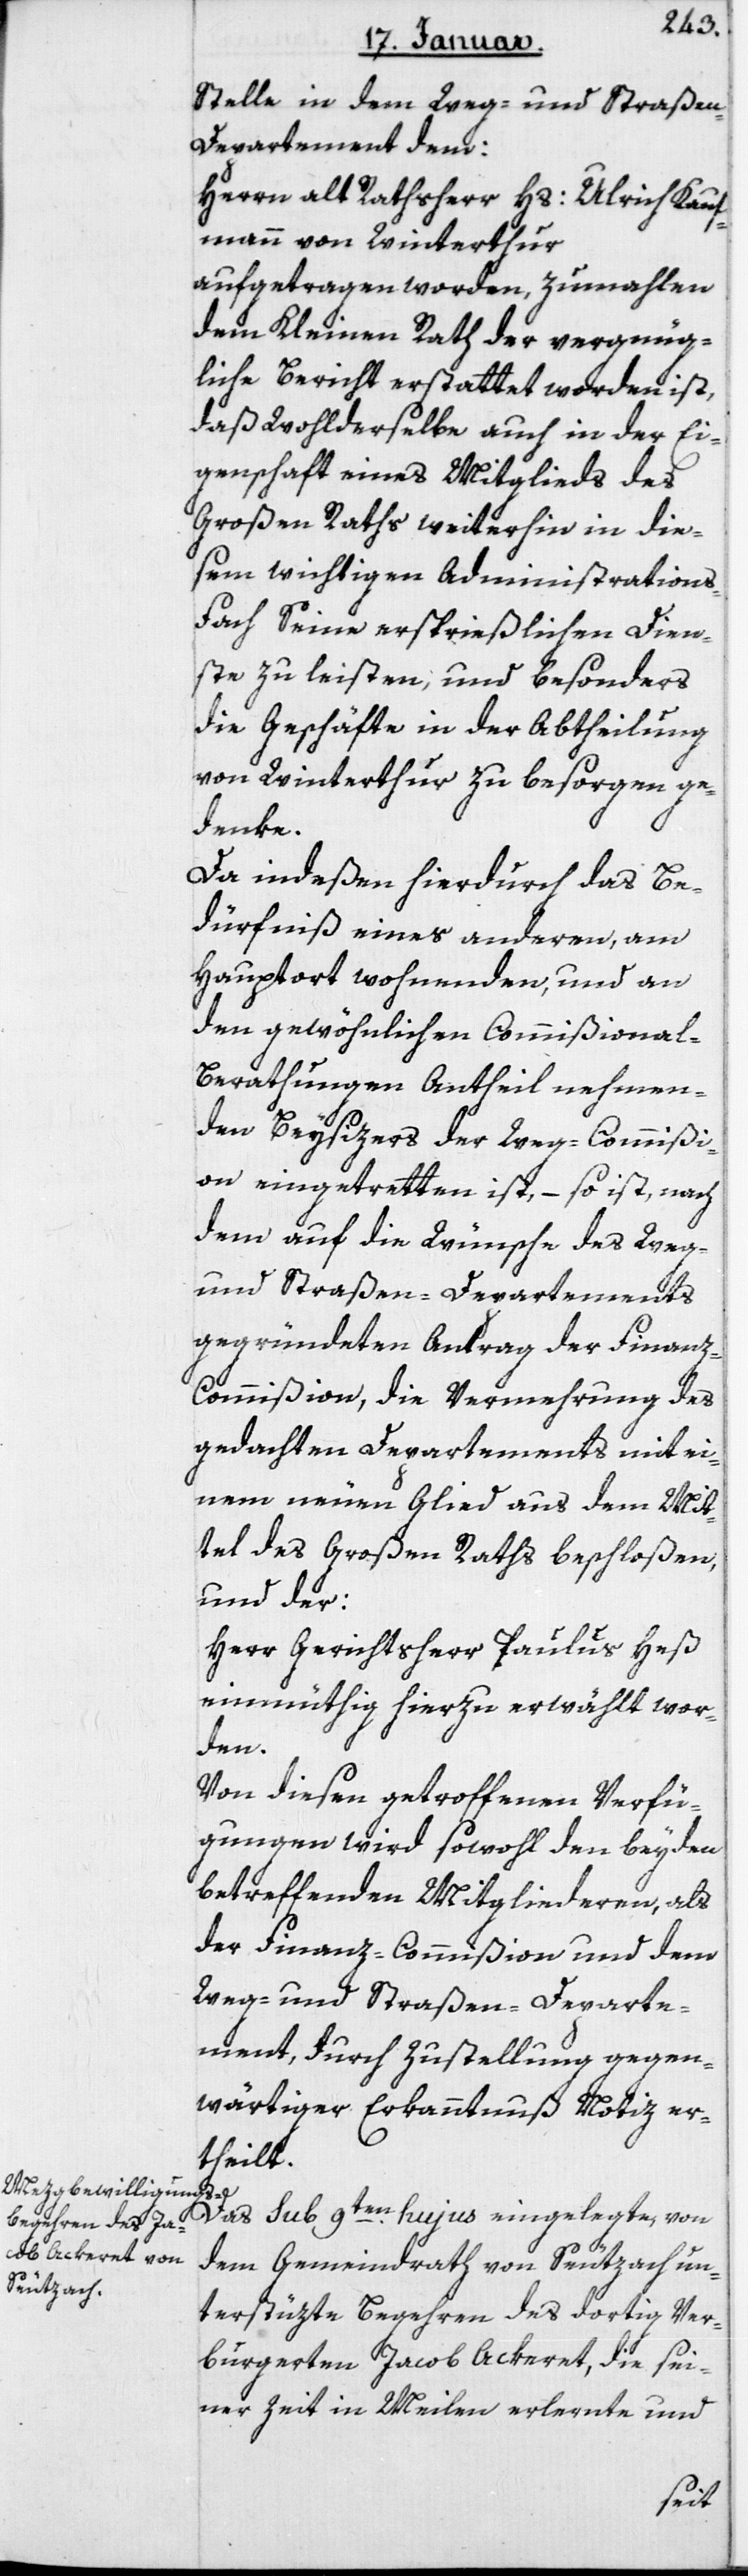
Stelle in dem Weg- und Straße¬
n-Departement dem
Herrn alt Rathsherr Hs. Ulrich Kauf¬
mann von Winterthur
aufgetragen worden, zumahlen
dem Kleinen Rath der vergnüg¬
liche Bericht erstattet worden ist,
daß Wohlderselbe auch in der Ei¬
genschaft eines Mitglieds des
Großen Raths weiterhin in die¬
sem wichtigen Administrations¬
fach seine ersprießlichen Dien¬
ste zu leisten, und besonders
die Geschäfte in der Abtheilung
von Winterthur zu besorgen ge¬
denke.
Da indeßen hierdurch das Be¬
dürfniß eines anderen, am
Hauptort wohnenden, und an
den gewöhnlichen Commißional-B¬
erathungen Antheil nehmen¬
den Beysizers der Weg-Commißi¬
on eingetretten ist, – so ist, nach
dem auf die Wünsche des Weg-
und Straßen-Departements
gegründeten Antrag der Finanz¬
commißion, die Vermehrung des
gedachten Departements mit ei¬
nem neuen Glied aus dem Mit¬
tel des Großen Raths beschloßen,
und der:
Herr Gerichtsherr Paulus Heß
einmüthig hierzu erwählt wor¬
den.
Von diesen getroffenen Verfü¬
gungen wird sowohl den beyden
betreffenden Mitgliederen, als
der Finanz-Commißion und dem
Weg- und Straßen-Departe¬
ment, durch Zustellung gegen¬
wärtiger Erkanntnuß Notiz er¬
theilt.
Das Sub 9ten hujus eingelegte, von
dem Gemeindrath von Seutzach un¬
terstützte Begehren des dortig ver¬
bürgerten Jacob Ackeret, die sei¬
ner Zeit in Meilen erlernte und